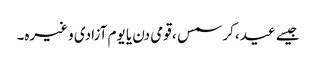
جیسے عید، کرسمس ، قومی دن یا یوم آزادی وغیرہ۔